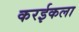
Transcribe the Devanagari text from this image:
करईकला